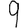
Digit: 9